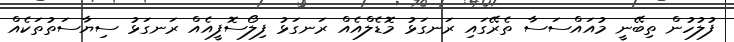
ފުލުހުން ތިބޭނީ މުއައްސަސާ ތެރޭގައި ރަނގަޅު މޮޑެލްއެއް ރަނގަޅު ފިލޯސޮފީއެއް ރަނގަޅު ސިޔާސަތުތަކެއް